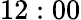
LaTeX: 12:00